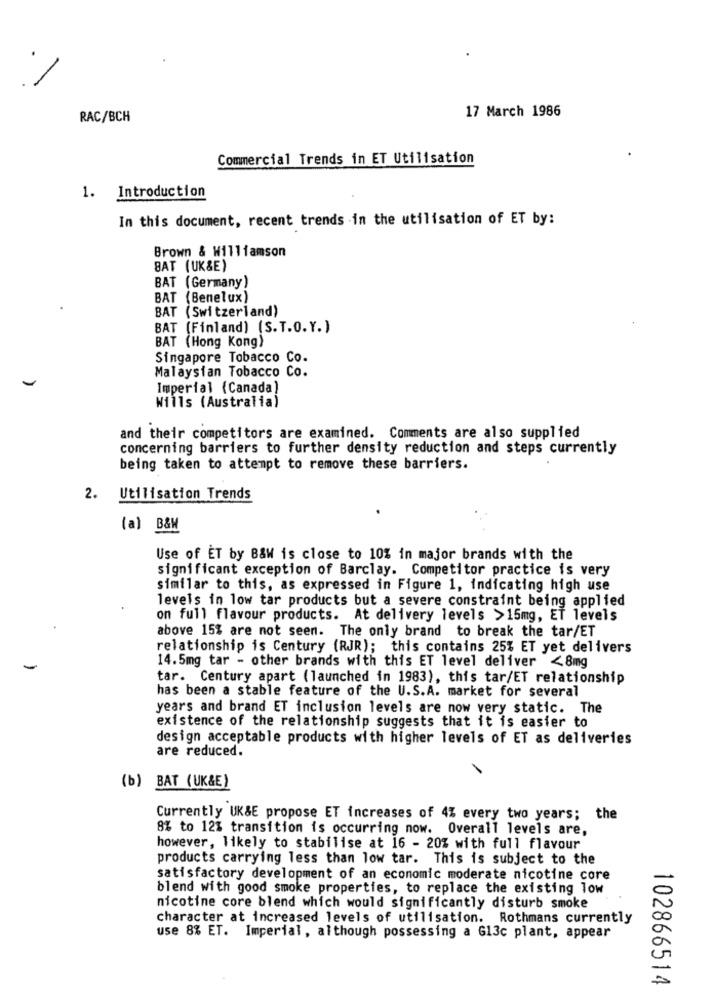
17 March 1986
RAC/BCH
Commercial Trends in ET Utilisation
1. Introduction
In this document, recent trends in the utilisation of ET by:
Brown & Williamson
BAT (UK&E)
BAT (Germany)
BAT (Benelux)
BAT (Switzerland)
BAT (Finland) (S.T.O.Y.)
BAT (Hong Kong)
Singapore Tobacco Co.
Malaysian Tobacco Co.
Imperial (Canada)
Wills (Australia)
and their competitors are examined. Comments are also supplied
concerning barriers to further density reduction and steps currently
being taken to attempt to remove these barriers.
. Utilisation Trends
(a) B&W
Use of ET by B&W is close to 10% in major brands with the
significant exception of Barclay. Competitor practice is very
similar to this, as expressed in Figure 1, indicating high use
levels in low tar products but a severe constraint being applied
on full flavour products. At delivery levels >15mg, ET levels
above 15% are not seen. The only brand to break the tar/ET
relationship is Century (RJR); this contains 25% ET yet delivers
14.5mg tar - other brands with this ET level deliver <8mg
tar. Century apart (launched in 1983), this tar/ET relationship
has been a stable feature of the U.S.A. market for several
years and brand ET inclusion levels are now very static. The
existence of the relationship suggests that it is easier to
design acceptable products with higher levels of ET as deliveries
are reduced.
(b) BAT (UK&E)
Currently UK&E propose ET increases of 4% every two years; the
8% to 12% transition is occurring now. Overall levels are,
however, likely to stabilise at 16 - 20% with full flavour
products carrying less than low tar. This is subject to the
satisfactory development of an economic moderate nicotine core
blend with good smoke properties, to replace the existing low
nicotine core blend which would significantly disturb smoke
character at increased levels of utilisation. Rothmans currently
use 8% ET. Imperial, although possessing a 613c plant, appear
102866514